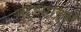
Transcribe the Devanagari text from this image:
मुरुडपासून